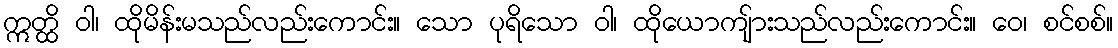
ဣတ္ထိ ဝါ၊ ထိုမိန်းမသည်လည်းကောင်း။ သော ပုရိသော ဝါ၊ ထိုယောကျ်ားသည်လည်းကောင်း။ ဝေ၊ စင်စစ်။